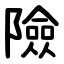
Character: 險